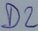
Text: D2